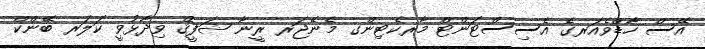
އޭސް ހާޑްވެއަރގެ އެސިސްޓަންޓް މާރކެޓިންގ މެނޭޖަރ ރީނާ ޝަފީޤް ވިދާޅުވީ ކަލަރ ބޭންކް